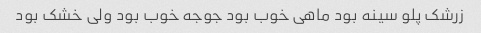
زرشک پلو سینه بود ماهی خوب بود جوجه خوب بود ولی خشک بود